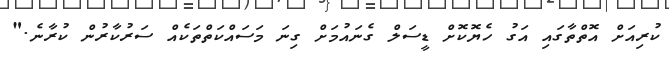
ކުރިއަށް އޮތްތާގައި އަގު ހެޔޮކޮށް ޑީސަލް ގެނައުމަށް ގިނަ މަސައްކަތްތަކެއް ސަރުކާރުން ކުރާނެ."